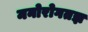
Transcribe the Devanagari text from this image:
मनोरोगतज्ञ